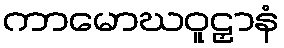
ကာမောဃဝူဠှာနံ